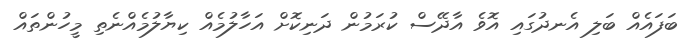
ބަފައެއް ބަލި އެނދުގައި އޮވެ އާދޭސް ކުރަމުން ދަނިކޮށް އަހާލުމެއް ކިޔާލުމެއްނެތި މީހުންތައް